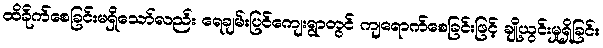
ထိခိုက်စေခြင်းမရှိသော်လည်း ရေချမ်းပြင်ကျေးရွာတွင် ကျရောက်စေခြင်းဖြင့် ချို့ယွင်းမှုရှိခြင်း